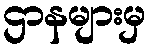
ဌာနများမှ